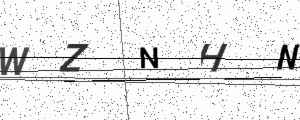
Text: WZNHN